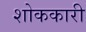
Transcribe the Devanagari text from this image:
शोककारी